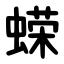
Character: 蝾